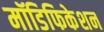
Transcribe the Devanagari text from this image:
मॉडिफिकेशन